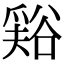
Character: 𧮾